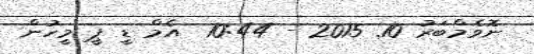
ނޮވެމްބަރު 10